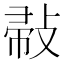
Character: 𢽪